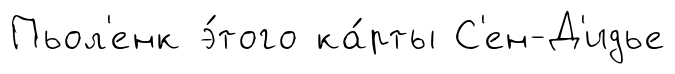
Пьол'енк э́того ка́рты С'ен-Д'идье